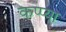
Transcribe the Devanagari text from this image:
कप्प्या